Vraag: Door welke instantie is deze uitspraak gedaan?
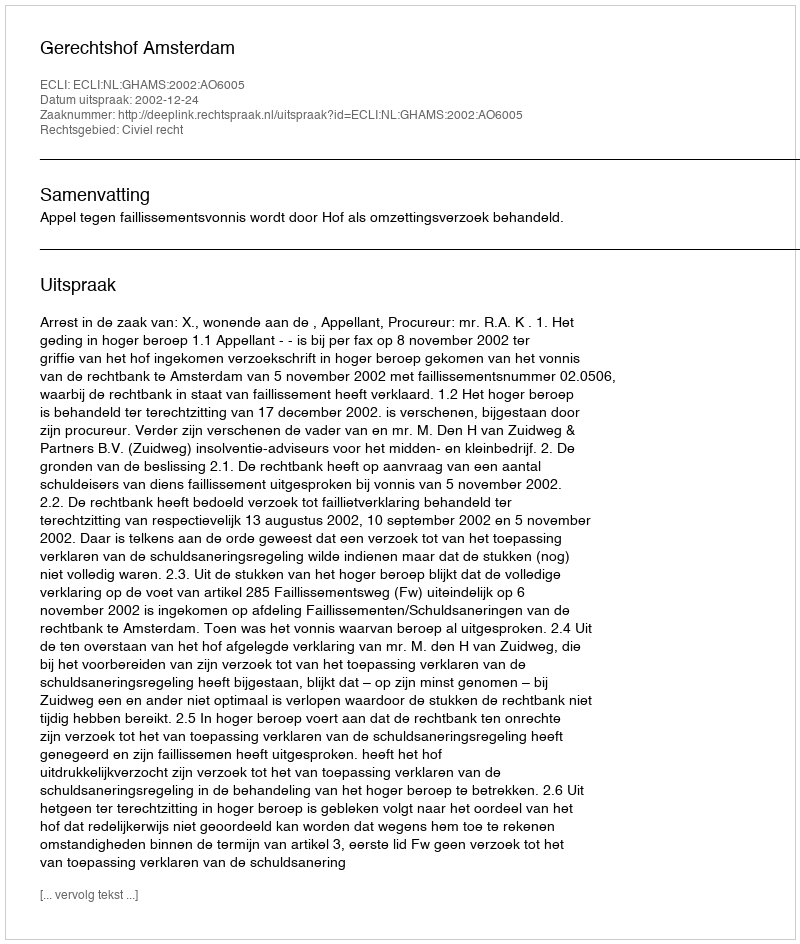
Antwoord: Gerechtshof Amsterdam